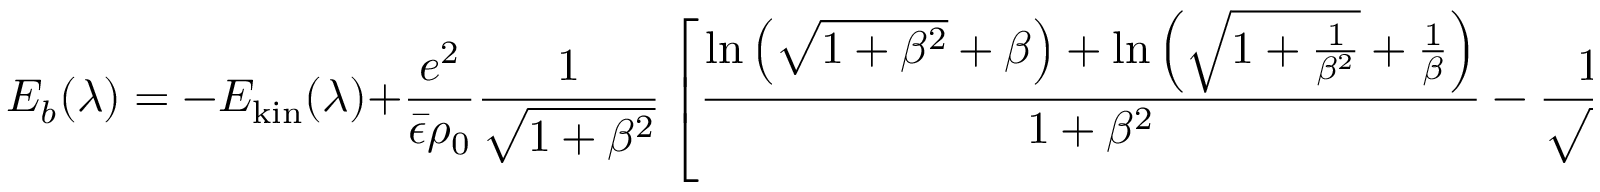
E _ { b } ( \lambda ) = - E _ { \mathrm { k i n } } ( \lambda ) + \frac { e ^ { 2 } } { \bar { \epsilon } \rho _ { 0 } } \frac { 1 } { \sqrt { 1 + \beta ^ { 2 } } } \left[ \frac { \ln \left( \sqrt { 1 + \beta ^ { 2 } } + \beta \right) + \ln \left( \sqrt { 1 + \frac { 1 } { \beta ^ { 2 } } } + \frac { 1 } { \beta } \right) } { 1 + \beta ^ { 2 } } - \frac { 1 - \beta } { \sqrt { 1 + \beta ^ { 2 } } } \right] .